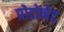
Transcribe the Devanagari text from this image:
प्रोटोनेट